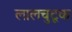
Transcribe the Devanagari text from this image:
लालचुटूक